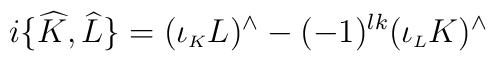
i\{\widehat{K},\widehat{L}\}=(\iota_{\scriptscriptstyle K}L)^{\wedge}-(-1)^{lk}(\iota_{\scriptscriptstyle L}K)^{\wedge}